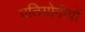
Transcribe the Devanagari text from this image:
प्रतियोगीयों